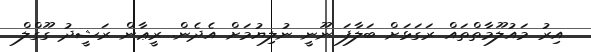
އިރު މައުލޫމާތްތައް ރަގަޅަށް ބަލާފަ ނޫނީ ނުލިޔުމަށް އެދެން. ރީޢާން ރަޝީދު ގޫގްލް